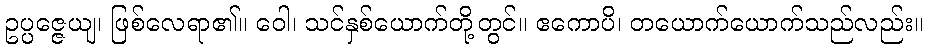
ဥပ္ပဇ္ဇေယျ၊ ဖြစ်လေရာ၏။ ဝေါ၊ သင်နှစ်ယောက်တို့တွင်။ ဧကောပိ၊ တယောက်ယောက်သည်လည်း။